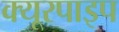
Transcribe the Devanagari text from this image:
क्‍यूरपाइप